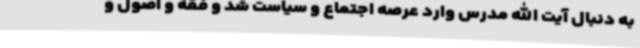
به دنبال آیت الله مدرس وارد عرصه اجتماع و سیاست شد و فقه و اصول و